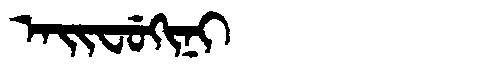
Manchu: ᠠᡳᠸᡠᡴᡳᠨᡳ
Romanization: AIFUKINI